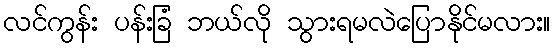
လင်ကွန်း ပန်းခြံ ဘယ်လို သွားရမလဲပြောနိုင်မလား။